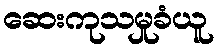
ဆေးကုသမှုခံယူ